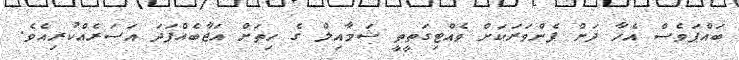
ބައްޕަވެސް އެހާ ދަށް ފެންވަރަކަށް ވެއްޓިގަތީތީ ޝަމާއިލް ގެ ހިތަށް އަޖާބެއްފަދަ އަސަރެއްކުރިއެވެ.